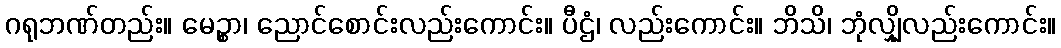
ဂရုဘဏ်တည်း။ မေဉ္စာ၊ ညောင်စောင်းလည်းကောင်း။ ပီဌံ၊ လည်းကောင်း။ ဘိသိ၊ ဘုံလျှိုလည်းကောင်း။